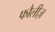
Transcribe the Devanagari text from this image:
फौलीज़